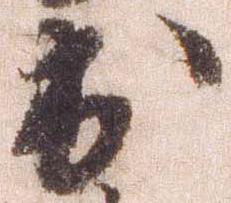
出